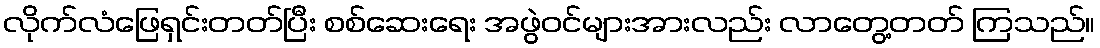
လိုက်လံဖြေရှင်းတတ်ပြီး စစ်ဆေးရေး အဖွဲဝင်များအားလည်း လာတွေ့တတ် ကြသည်။